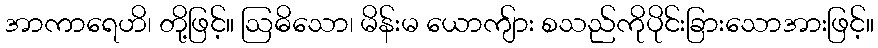
အာကာရေဟိ၊ တို့ဖြင့်။ ဩဓိသော၊ မိန်းမ ယောကျ်ား စသည်ကိုပိုင်းခြားသောအားဖြင့်။